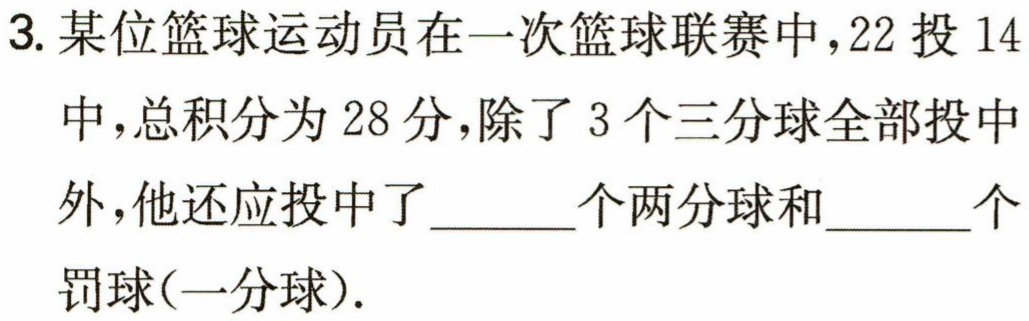
3. 某位篮球运动员在一次篮球联赛中，22 投 14 中，总积分为 28 分，除了 3 个三分球全部投中外，他还应投中了______个两分球和______个罚球(一分球).